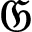
\mathfrak { G }